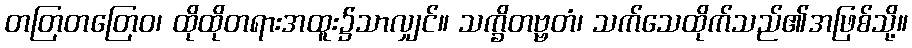
တတြတတြေဝ၊ ထိုထိုတရားအထူး၌သာလျှင်။ သက္ခိတဗ္ဗတံ၊ သက်သေထိုက်သည်၏အဖြစ်သို့။